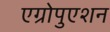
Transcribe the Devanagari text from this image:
एग्रोपुएशन